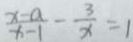
\frac { x - a } { x - 1 } - \frac { 3 } { x } = 1